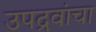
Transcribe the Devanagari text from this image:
उपद्रवांचा